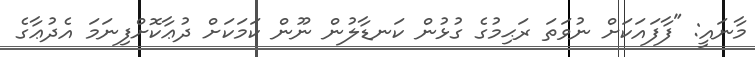
މާނައީ: "ފާފައަކަށް ނުވަތަ ރަޙިމުގެ ގުޅުން ކަނޑާލުން ނޫން ކަމަކަށް ދުޢާކޮށްފިނަމަ އެދުޢާގެ